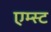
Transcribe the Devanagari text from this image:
एम्स्ट